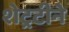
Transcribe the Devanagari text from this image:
शेट्रटीने